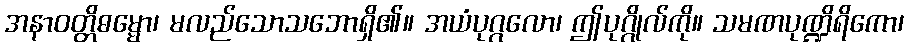
အနာဝတ္တိဓမ္မော၊ မလည်သောသဘောရှိ၏။ အယံပုဂ္ဂလော၊ ဤပုဂ္ဂိုလ်ကို။ သမဏပုဏ္ဍိရိကော၊